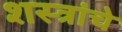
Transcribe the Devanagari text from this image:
शस्‍त्रांचे